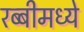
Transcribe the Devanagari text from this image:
रब्बीमध्ये